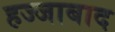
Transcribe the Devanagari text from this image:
हज्जाबाद